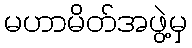
မဟာမိတ်အဖွဲ့မှ